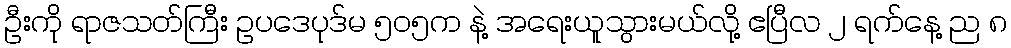
ဦးကို ရာဇသတ်ကြီး ဥပဒေပုဒ်မ ၅၀၅က နဲ့ အရေးယူသွားမယ်လို့ ဧပြီလ ၂ ရက်နေ့ ည ၈